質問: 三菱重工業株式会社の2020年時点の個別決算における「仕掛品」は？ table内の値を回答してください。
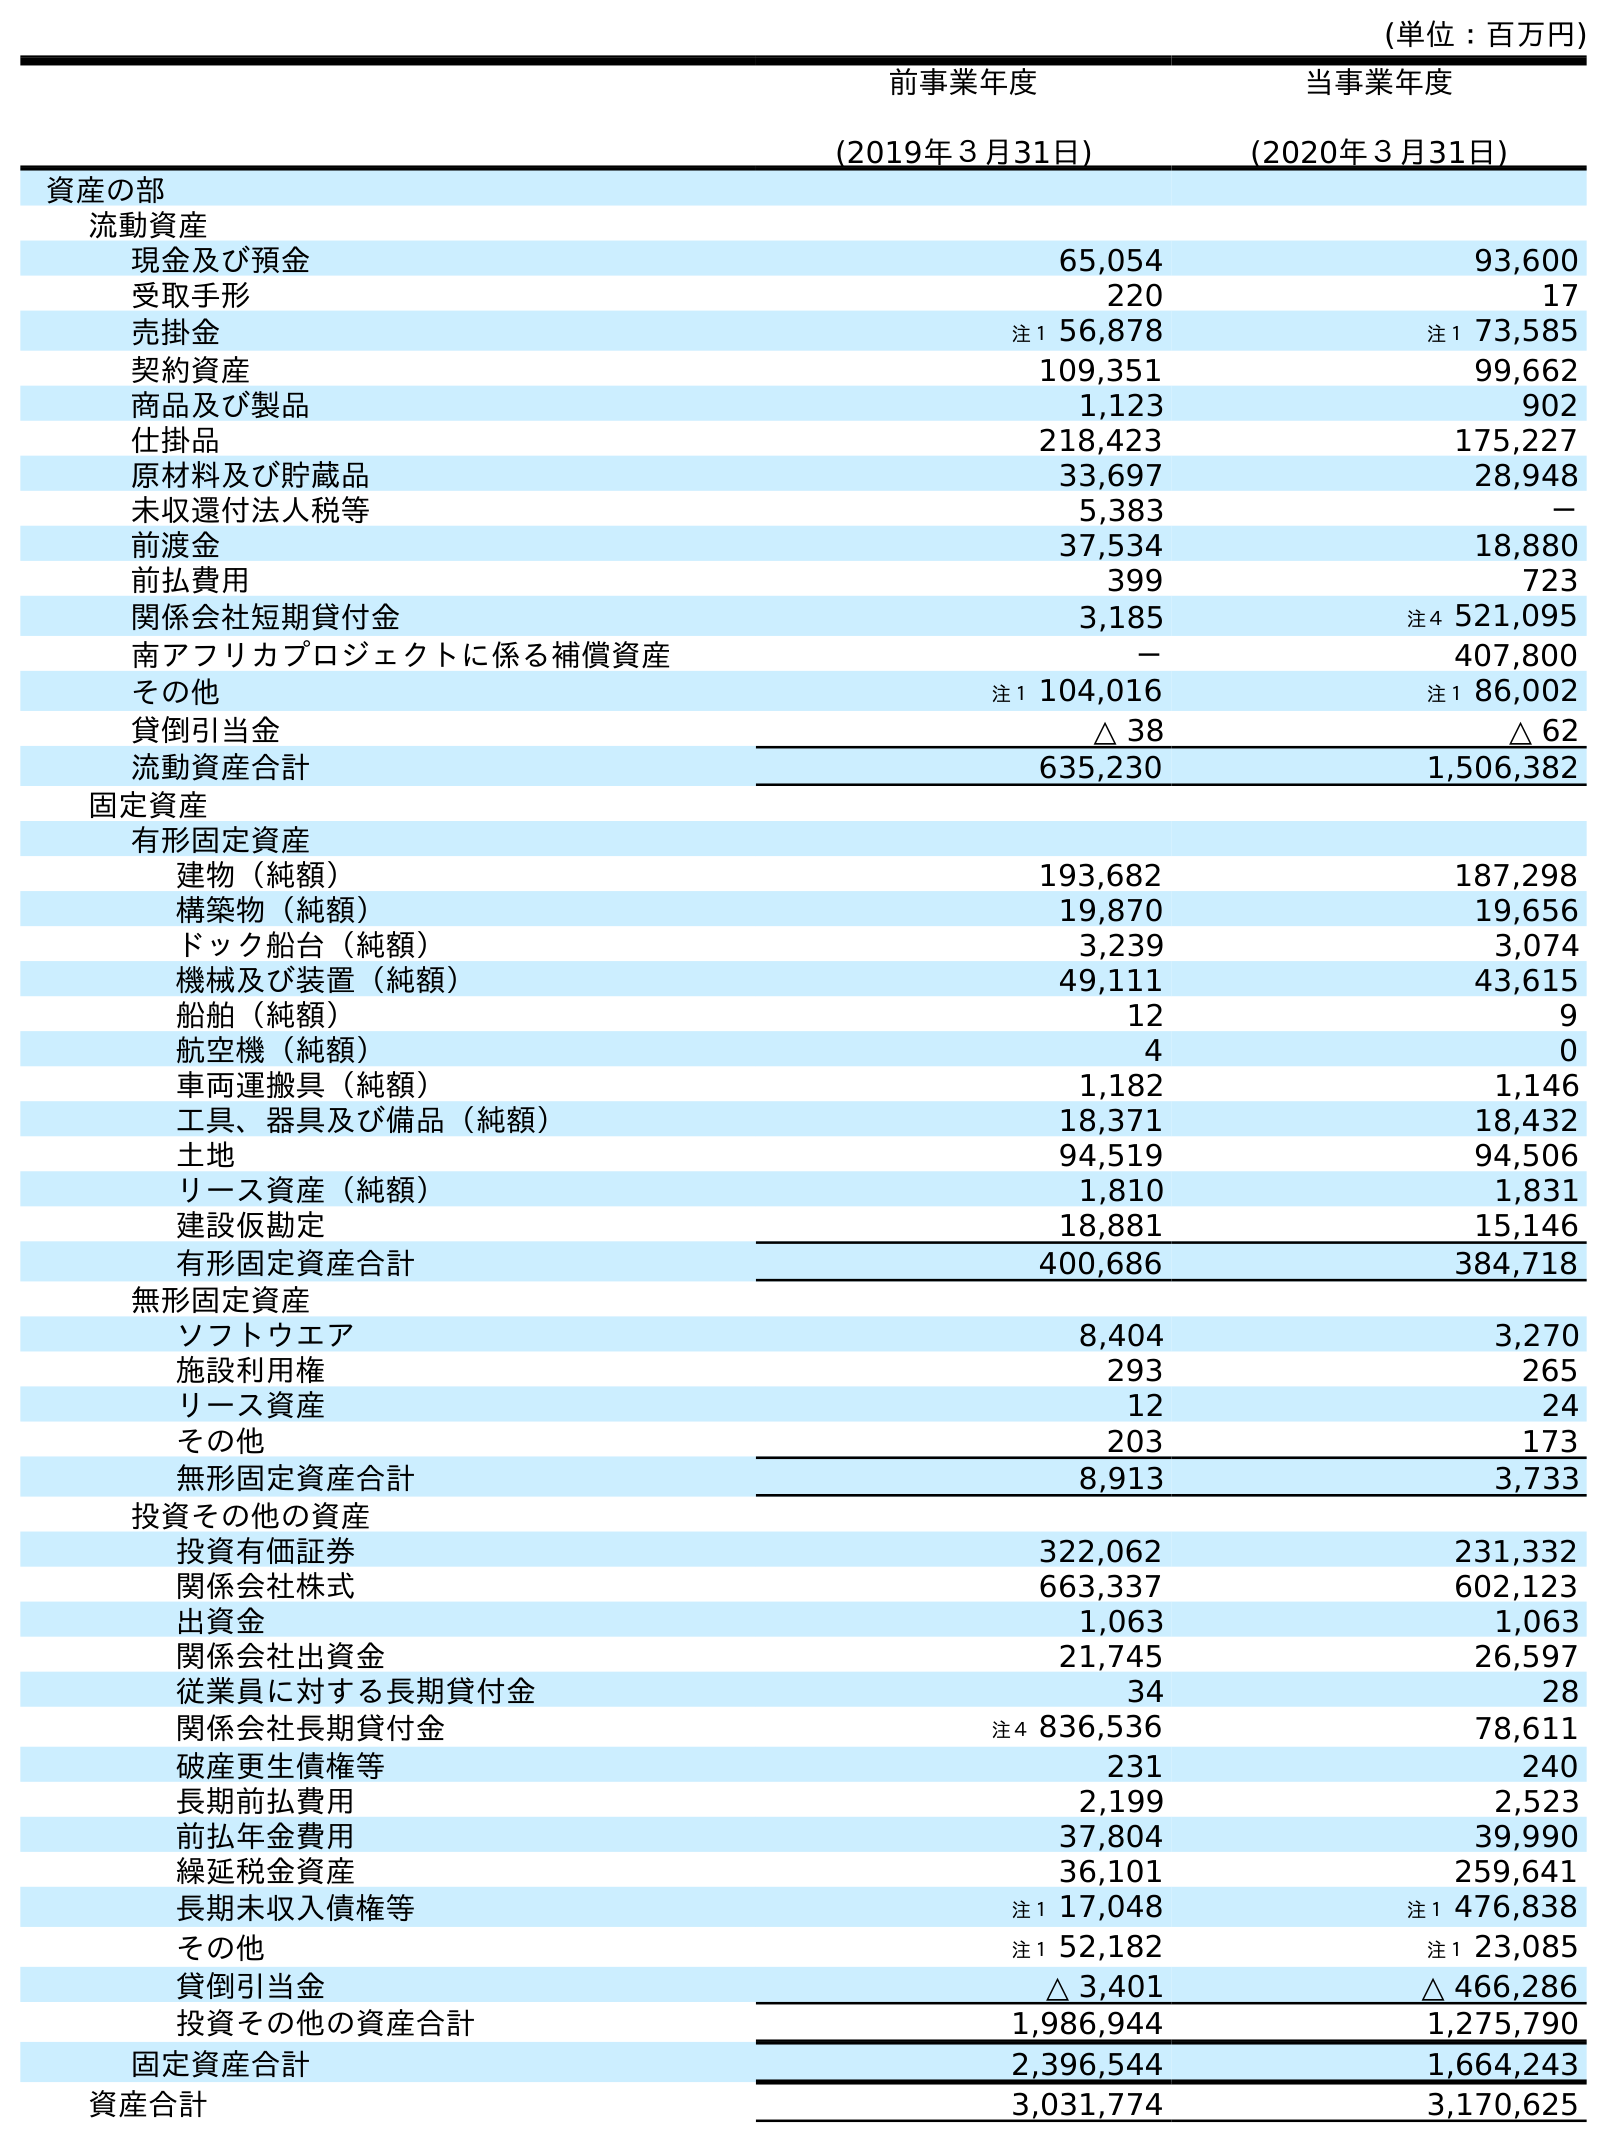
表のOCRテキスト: (単位：百万円) 前事業年度 (2019年３月31日) 当事業年度 (2020年３月31日) 資産の部 流動資産 現金及び預金 65,054 93,600 受取手形 220 17 売掛金 注１ 56,878 注１ 73,585 契約資産 109,351 99,662 商品及び製品 1,123 902 仕掛品 218,423 175,227 原材料及び貯蔵品 33,697 28,948 未収還付法人税等 5,383 － 前渡金 37,534 18,880 前払費用 399 723 関係会社短期貸付金 3,185 注４ 521,095 南アフリカプロジェクトに係る補償資産 － 407,800 その他 注１ 104,016 注１ 86,002 貸倒引当金 △ 38 △ 62 流動資産合計 635,230 1,506,382 固定資産 有形固定資産 建物（純額） 193,682 187,298 構築物（純額） 19,870 19,656 ドック船台（純額） 3,239 3,074 機械及び装置（純額） 49,111 43,615 船舶（純額） 12 9 航空機（純額） 4 0 車両運搬具（純額） 1,182 1,146 工具、器具及び備品（純額） 18,371 18,432 土地 94,519 94,506 リース資産（純額） 1,810 1,831 建設仮勘定 18,881 15,146 有形固定資産合計 400,686 384,718 無形固定資産 ソフトウエア 8,404 3,270 施設利用権 293 265 リース資産 12 24 その他 203 173 無形固定資産合計 8,913 3,733 投資その他の資産 投資有価証券 322,062 231,332 関係会社株式 663,337 602,123 出資金 1,063 1,063 関係会社出資金 21,745 26,597 従業員に対する長期貸付金 34 28 関係会社長期貸付金 注４ 836,536 78,611 破産更生債権等 231 240 長期前払費用 2,199 2,523 前払年金費用 37,804 39,990 繰延税金資産 36,101 259,641 長期未収入債権等 注１ 17,048 注１ 476,838 その他 注１ 52,182 注１ 23,085 貸倒引当金 △ 3,401 △ 466,286 投資その他の資産合計 1,986,944 1,275,790 固定資産合計 2,396,544 1,664,243 資産合計 3,031,774 3,170,625
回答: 175,227